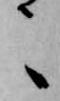
々